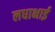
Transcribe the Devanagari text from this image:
लधाभाई